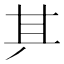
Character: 𠀫